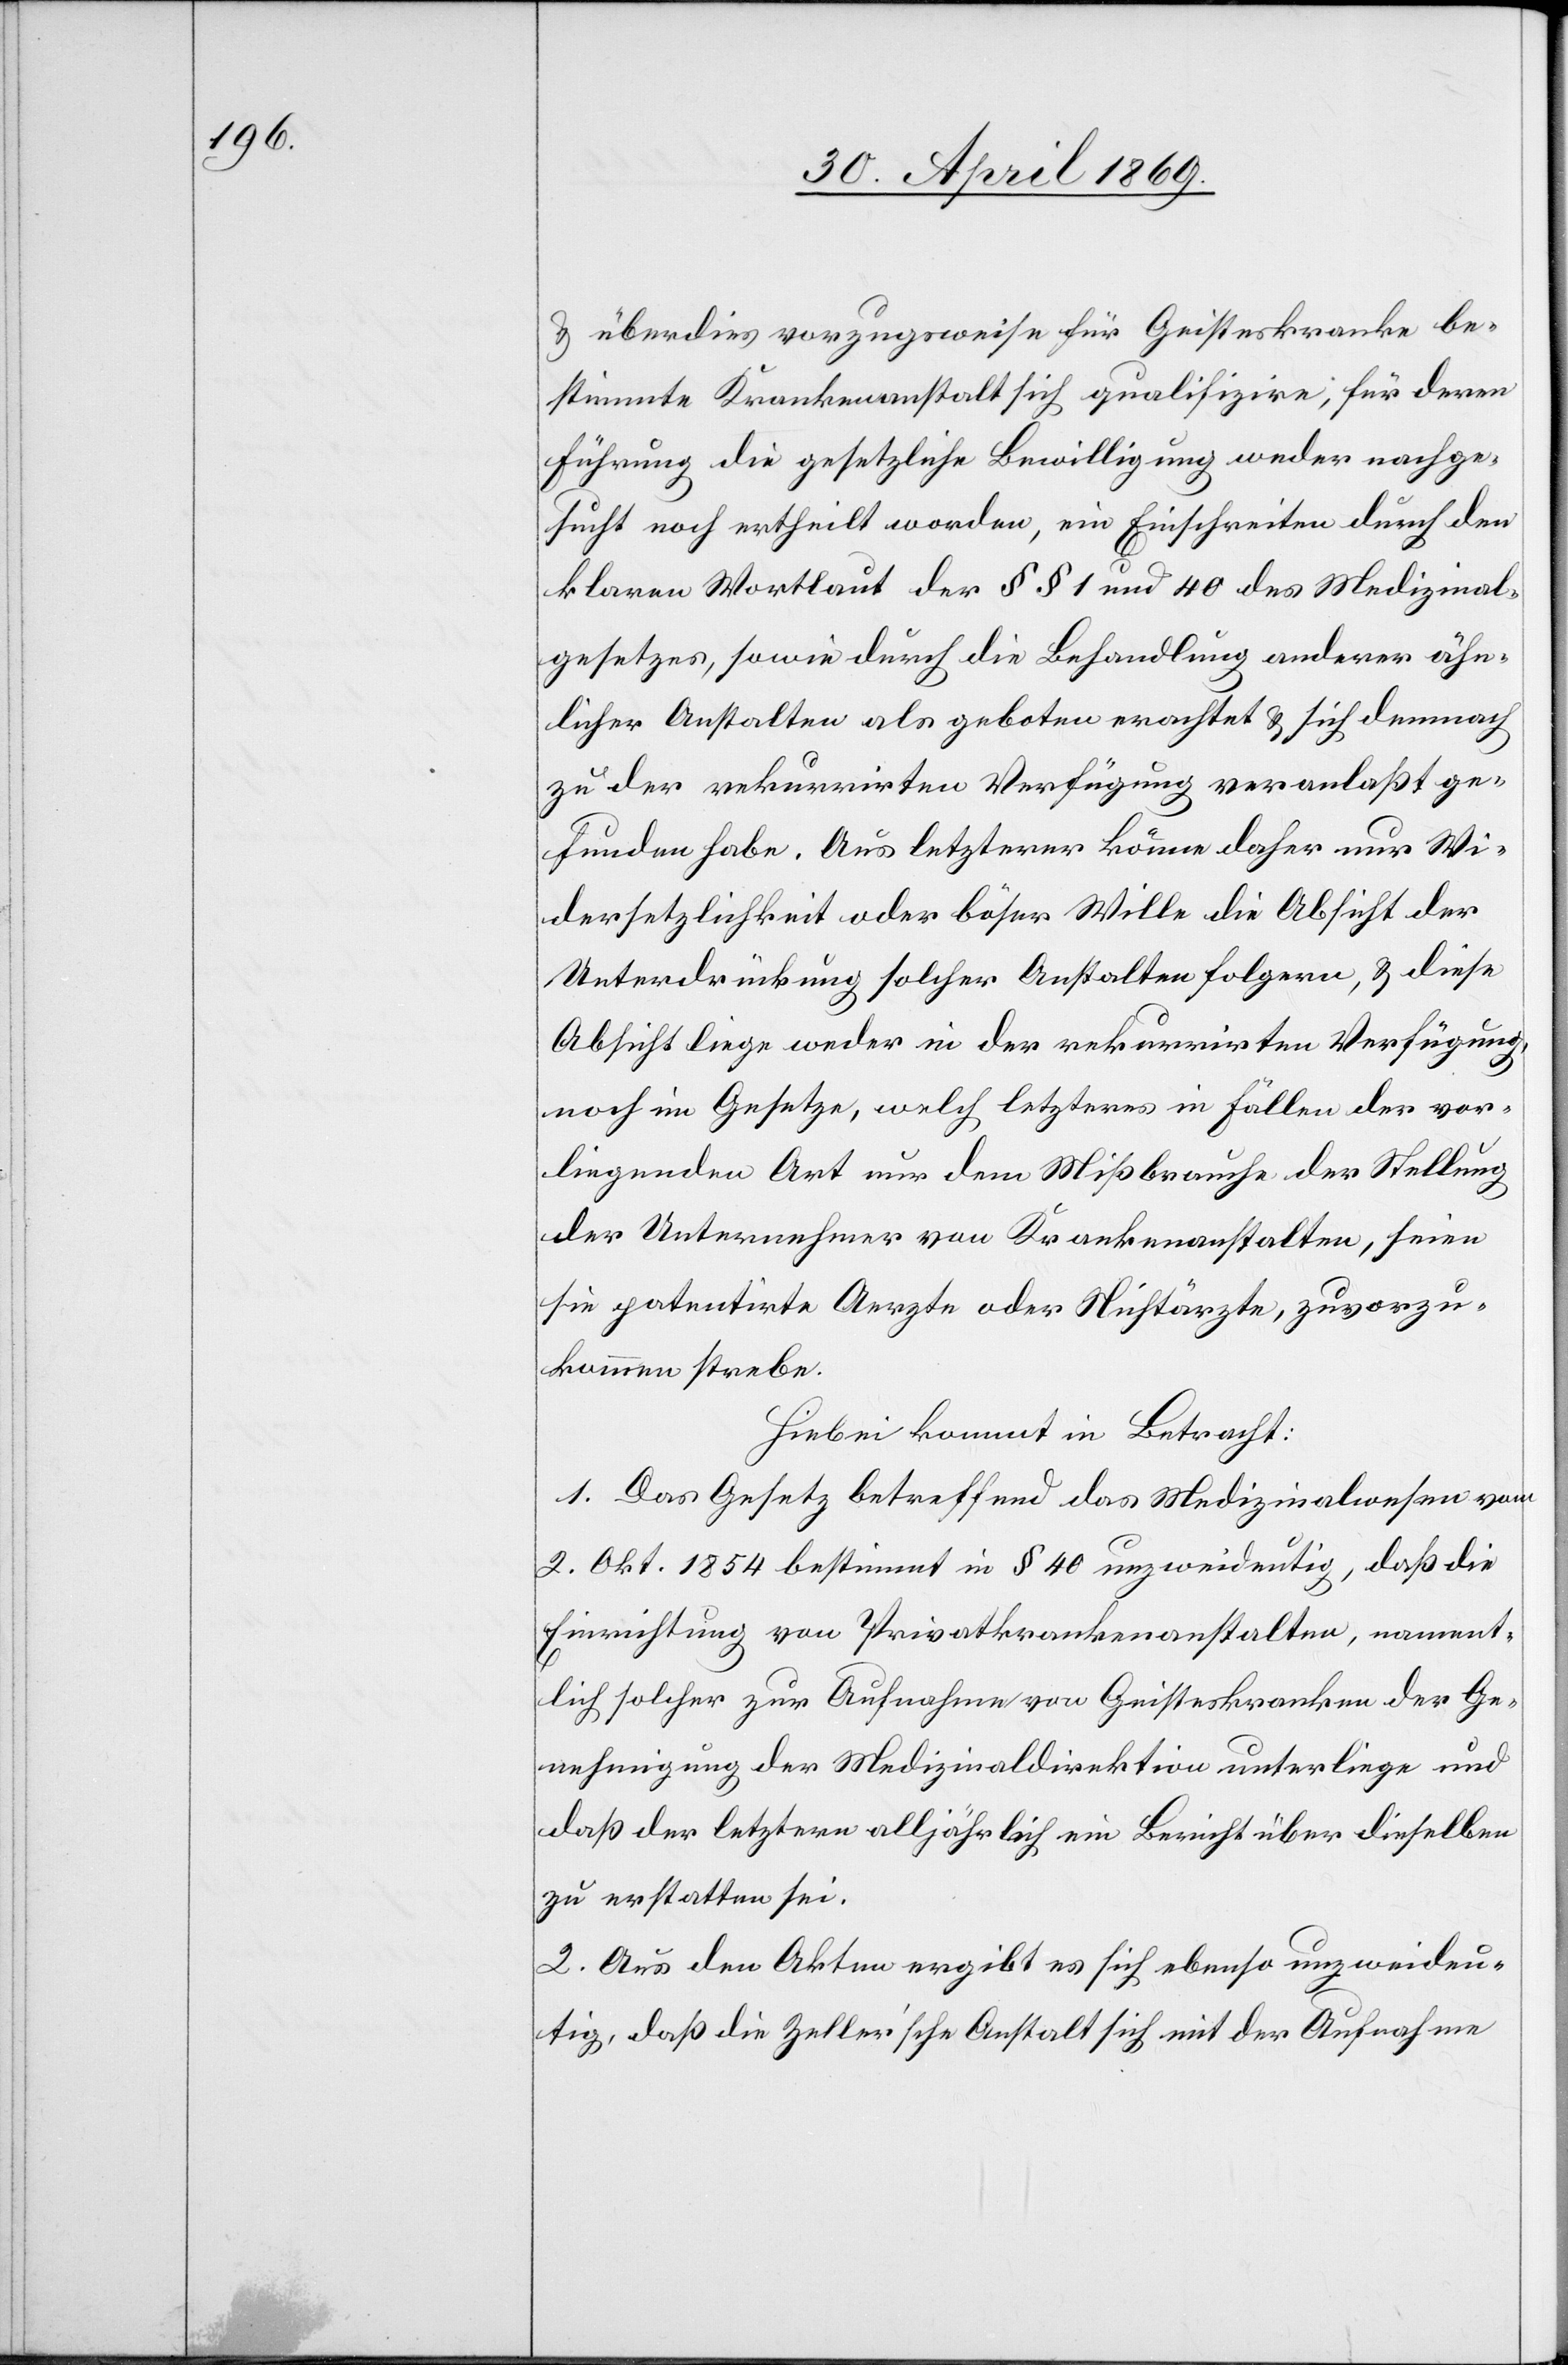
u. überdies vorzugsweise für Geisteskranke be¬
stimmte Krankenanstalt sich qualifizire, für deren
Führung die gesetzliche Bewilligung weder nachge¬
sucht noch ertheilt worden, ein Einschreiten durch den
klaren Wortlaut der §§ 1 und 40 des Medizinal¬
gesetzes, sowie durch die Behandlung anderer ähn¬
licher Anstalten als geboten erachtet u. sich demnach
zu der rekurrirten Verfügung veranlaßt ge¬
funden habe. Aus letzterer könne daher nur Wi¬
dersetzlichkeit oder böser Wille die Absicht der
Unterdrückung solcher Anstalten folgern, u. diese
Absicht liege weder in der rekurrirten Verfügung
noch im Gesetze, welch letzteres in Fällen der vor¬
liegenden Art nur dem Mißbrauch der Stellung
der Unternehmer von Krankenanstalten, seien
sie patentirte Aerzte oder Nichtärzte, zuvorzu¬
kommen strebe.
Hiebei kommt in Betracht:
1. Das Gesetz betreffend das Medizinalwesen vom
2. Okt. 1854 bestimmt in § 40 unzweideutig, daß die
Einrichtung von Privatkrankenanstalten, nament¬
lich solcher zur Aufnahme von Geisteskranken der Ge¬
nehmigung der Medizinaldirektion unterliege und
daß der letztern alljährlich ein Bericht über dieselben
zu erstatten sei.
2. Aus den Akten ergibt es sich ebenso unzweideu¬
tig, daß die Zeller’sche Anstalt sich mit der Aufnahme